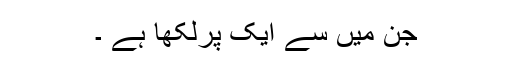
جن میں سے ایک پرلکھا ہے ۔